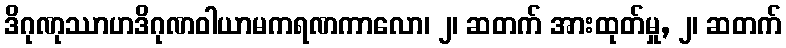
ဒိဂုဏုဿာဟဒိဂုဏဝါယာမကရဏကာလော၊ ၂၊ ဆတက် အားထုတ်မှု, ၂၊ ဆတက်